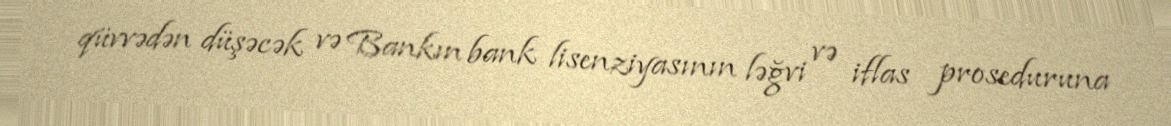
qüvvədən düşəcək və Bankın bank lisenziyasının ləğvi və iflas proseduruna